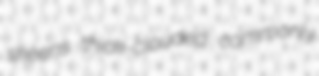
skeens thick-clouded commonly